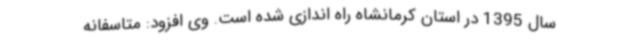
سال 1395 در استان کرمانشاه راه اندازی شده است. وی افزود: متاسفانه